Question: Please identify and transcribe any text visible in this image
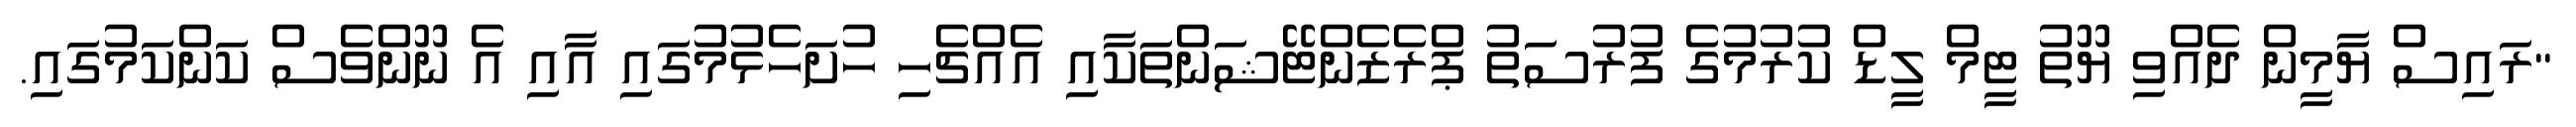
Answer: "ރައިސް ޔާމީން ދެއްވި ޔޫތު ޓީމް ލީޑް ކުރުމުގެ ފުރުސަތު ޕްރެޒެންޓޭޝަންތަކާއި އެއްޗެހި ހުށަހެޅުމުގައި އާއި އެ ނޫންވެސް ކަންކަމުގައި.